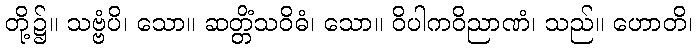
တို့၌။ သဗ္ဗံပိ၊ သော။ ဆတ္တိံသဝိဓံ၊ သော။ ဝိပါကဝိညာဏံ၊ သည်။ ဟောတိ၊